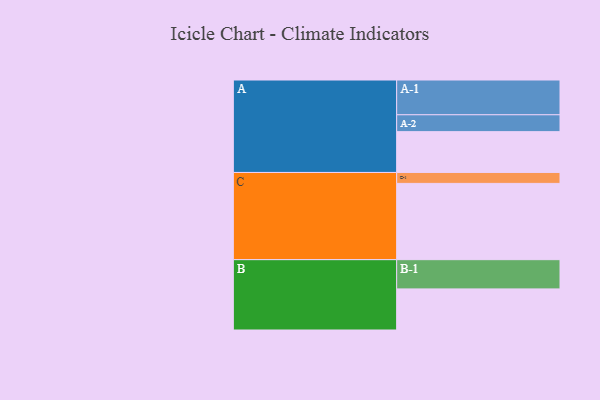
{"axis": {"x": "Segment", "y": "Value"}, "legend": ["", "A", "B", "C"], "data": [{"x": "A", "y": 310, "type": ""}, {"x": "B", "y": 312, "type": ""}, {"x": "C", "y": 579, "type": ""}, {"x": "A-1", "y": 264, "type": "A"}, {"x": "A-2", "y": 128, "type": "A"}, {"x": "B-1", "y": 222, "type": "B"}, {"x": "C-1", "y": 83, "type": "C"}]}